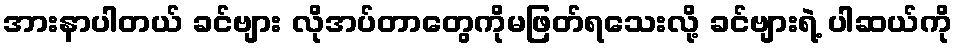
အားနာပါတယ် ခင်ဗျား လိုအပ်တာတွေကိုမဖြတ်ရသေးလို့ ခင်ဗျားရဲ့ ပါဆယ်ကို